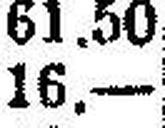
16.—